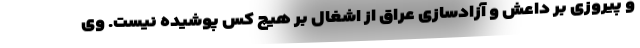
و پیروزی بر داعش و آزادسازی عراق از اشغال بر هیچ کس پوشیده نیست. وی